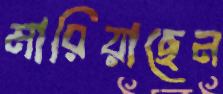
মারিয়াছেন